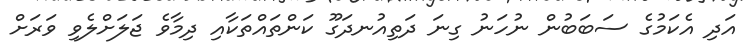
އަދި އެކަމުގެ ސަބަބުން ނުހަނު ގިނަ ދަތިއުނދަގޫ ކަންތައްތަކާއި ދިމާވެ ޖަލަށްލެވި ވަރަށް